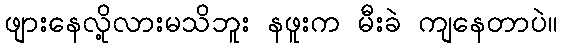
ဖျားနေလို့လားမသိဘူး နဖူးက မီးခဲ ကျနေတာပဲ။